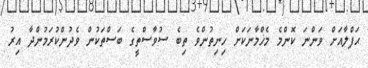
ޙަފްލާއަށް ވަންނަ ކޮންމެ މެޚްމާނަކަށް ހިނިތުންވެ ތިބެ ސުވާސްތީގެ ބަސްތަކުން ވެދުންކުރަމުންދާ އިރު